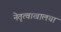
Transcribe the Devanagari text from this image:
नेतृत्वाखालचा